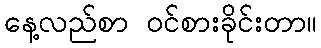
နေ့လည်စာ ဝင်စားခိုင်းတာ။